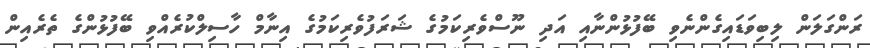
ރަންގަލަން ލިބިވަޑައިގެންނެވި ބޭފުޅުންނާއި އަދި ނޫސްވެރިކަމުގެ ޝަރަފުވެރިިިކަމުގެ އިނާމް ހާސިލްކުރެއްވި ބޭފުޅުންގެ ތެރެއިން